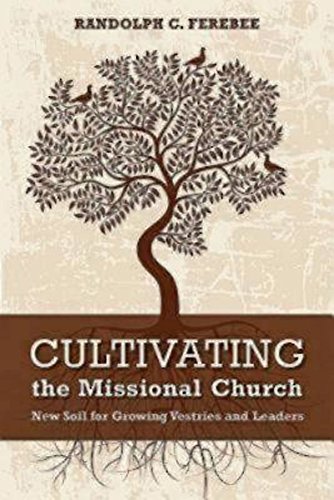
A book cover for Cultivating the Missional Church: New Soil for Growing Vestries and Leaders; Randolph C. Ferebee; Christian Books & Bibles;